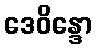
ဒေဝိန္ဒော